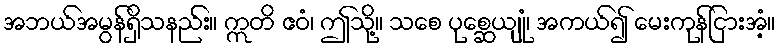
အဘယ်အမွန်ရှိသနည်း။ ဣတိ ဧဝံ၊ ဤသို့။ သစေ ပုစ္ဆေယျုံ၊ အကယ်၍ မေးကုန်ငြားအံ့။